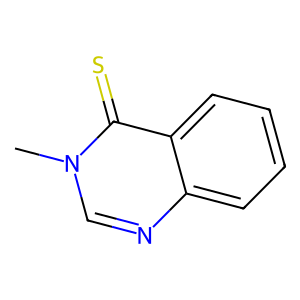
SMILES: Cn1cnc2ccccc2c1=S
Inhibits HIV replication: No